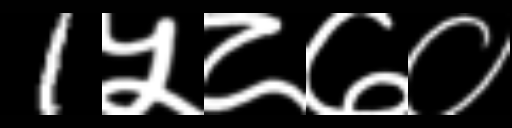
Text: 1५८७०